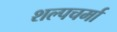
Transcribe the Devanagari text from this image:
शल्पचर्मा